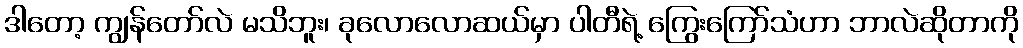
ဒါတော့ ကျွန်တော်လဲ မသိဘူး၊ ခုလောလောဆယ်မှာ ပါတီရဲ့ ကြွေးကြော်သံဟာ ဘာလဲဆိုတာကို